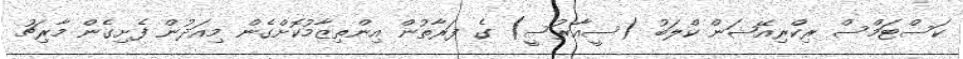
ކަސްޓަމްސް ރިކްރިއޭޝަން ކްލަބު (ސީއާރުސީ) ގެ ފަރާތުން އިންތިޒާމުކޮށްގެން މިއަދުން ފެށިގެން މާރިޗު